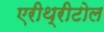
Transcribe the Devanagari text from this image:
एरीथ्रीटोल